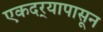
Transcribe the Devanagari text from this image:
एकदर्‍यापासून